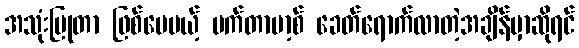
အသုံးပြုတာ ဖြစ်ပေမယ့် မက်တာဗာ့စ် ခေတ်ရောက်လာတဲ့အချိန်မှာဆိုရင်